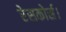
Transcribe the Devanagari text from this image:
रेसकोर्स।